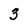
Character: 3